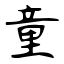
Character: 童